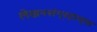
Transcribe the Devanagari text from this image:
लेखनसंग्रहाच्या